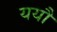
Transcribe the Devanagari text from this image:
ययौ